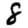
Digit: 8